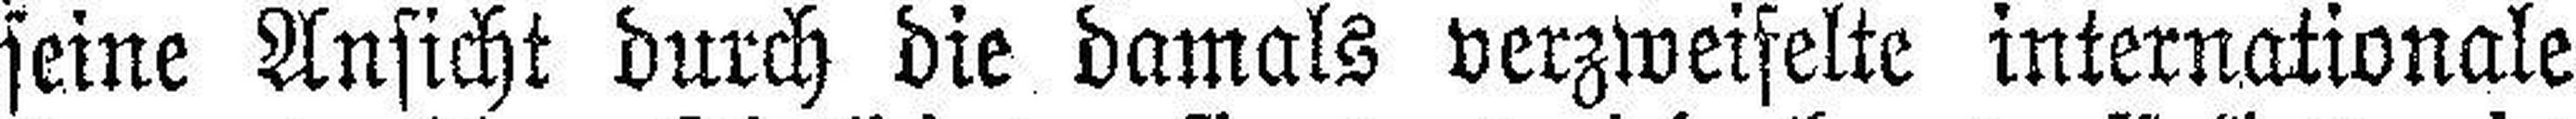
seine Ansicht durch die damals verzweifelte internationale